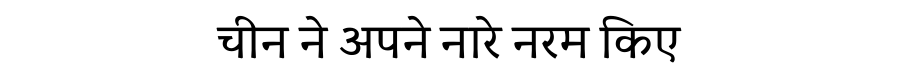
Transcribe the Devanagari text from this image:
चीन ने अपने नारे नरम किए